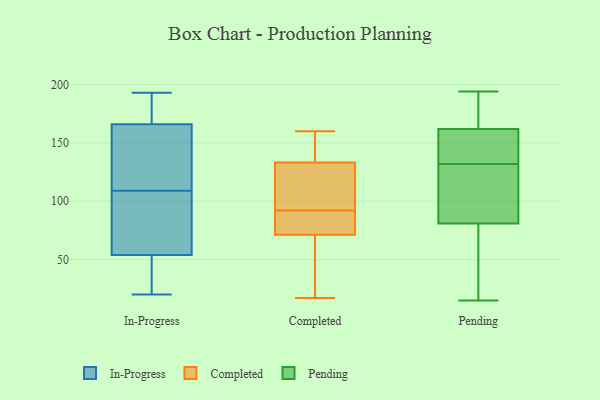
{"axis": {"x": "Shipments", "y": "Value"}, "legend": ["Completed", "In-Progress", "Pending"], "data": [{"x": "", "y": 142, "type": "In-Progress"}, {"x": "", "y": 27, "type": "In-Progress"}, {"x": "", "y": 59, "type": "In-Progress"}, {"x": "", "y": 49, "type": "In-Progress"}, {"x": "", "y": 98, "type": "In-Progress"}, {"x": "", "y": 20, "type": "In-Progress"}, {"x": "", "y": 97, "type": "In-Progress"}, {"x": "", "y": 115, "type": "In-Progress"}, {"x": "", "y": 132, "type": "In-Progress"}, {"x": "", "y": 103, "type": "In-Progress"}, {"x": "", "y": 167, "type": "In-Progress"}, {"x": "", "y": 165, "type": "In-Progress"}, {"x": "", "y": 193, "type": "In-Progress"}, {"x": "", "y": 77, "type": "In-Progress"}, {"x": "", "y": 21, "type": "In-Progress"}, {"x": "", "y": 134, "type": "In-Progress"}, {"x": "", "y": 168, "type": "In-Progress"}, {"x": "", "y": 20, "type": "In-Progress"}, {"x": "", "y": 179, "type": "In-Progress"}, {"x": "", "y": 180, "type": "In-Progress"}, {"x": "", "y": 83, "type": "Completed"}, {"x": "", "y": 90, "type": "Completed"}, {"x": "", "y": 160, "type": "Completed"}, {"x": "", "y": 139, "type": "Completed"}, {"x": "", "y": 131, "type": "Completed"}, {"x": "", "y": 54, "type": "Completed"}, {"x": "", "y": 17, "type": "Completed"}, {"x": "", "y": 91, "type": "Completed"}, {"x": "", "y": 107, "type": "Completed"}, {"x": "", "y": 134, "type": "Completed"}, {"x": "", "y": 81, "type": "Completed"}, {"x": "", "y": 92, "type": "Completed"}, {"x": "", "y": 115, "type": "Completed"}, {"x": "", "y": 56, "type": "Completed"}, {"x": "", "y": 158, "type": "Completed"}, {"x": "", "y": 92, "type": "Completed"}, {"x": "", "y": 31, "type": "Completed"}, {"x": "", "y": 68, "type": "Completed"}, {"x": "", "y": 140, "type": "Completed"}, {"x": "", "y": 45, "type": "Pending"}, {"x": "", "y": 173, "type": "Pending"}, {"x": "", "y": 117, "type": "Pending"}, {"x": "", "y": 22, "type": "Pending"}, {"x": "", "y": 135, "type": "Pending"}, {"x": "", "y": 118, "type": "Pending"}, {"x": "", "y": 136, "type": "Pending"}, {"x": "", "y": 129, "type": "Pending"}, {"x": "", "y": 182, "type": "Pending"}, {"x": "", "y": 194, "type": "Pending"}, {"x": "", "y": 151, "type": "Pending"}, {"x": "", "y": 15, "type": "Pending"}]}